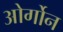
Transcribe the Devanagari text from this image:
ओर्गोन